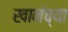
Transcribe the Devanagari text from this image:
खानंच्या